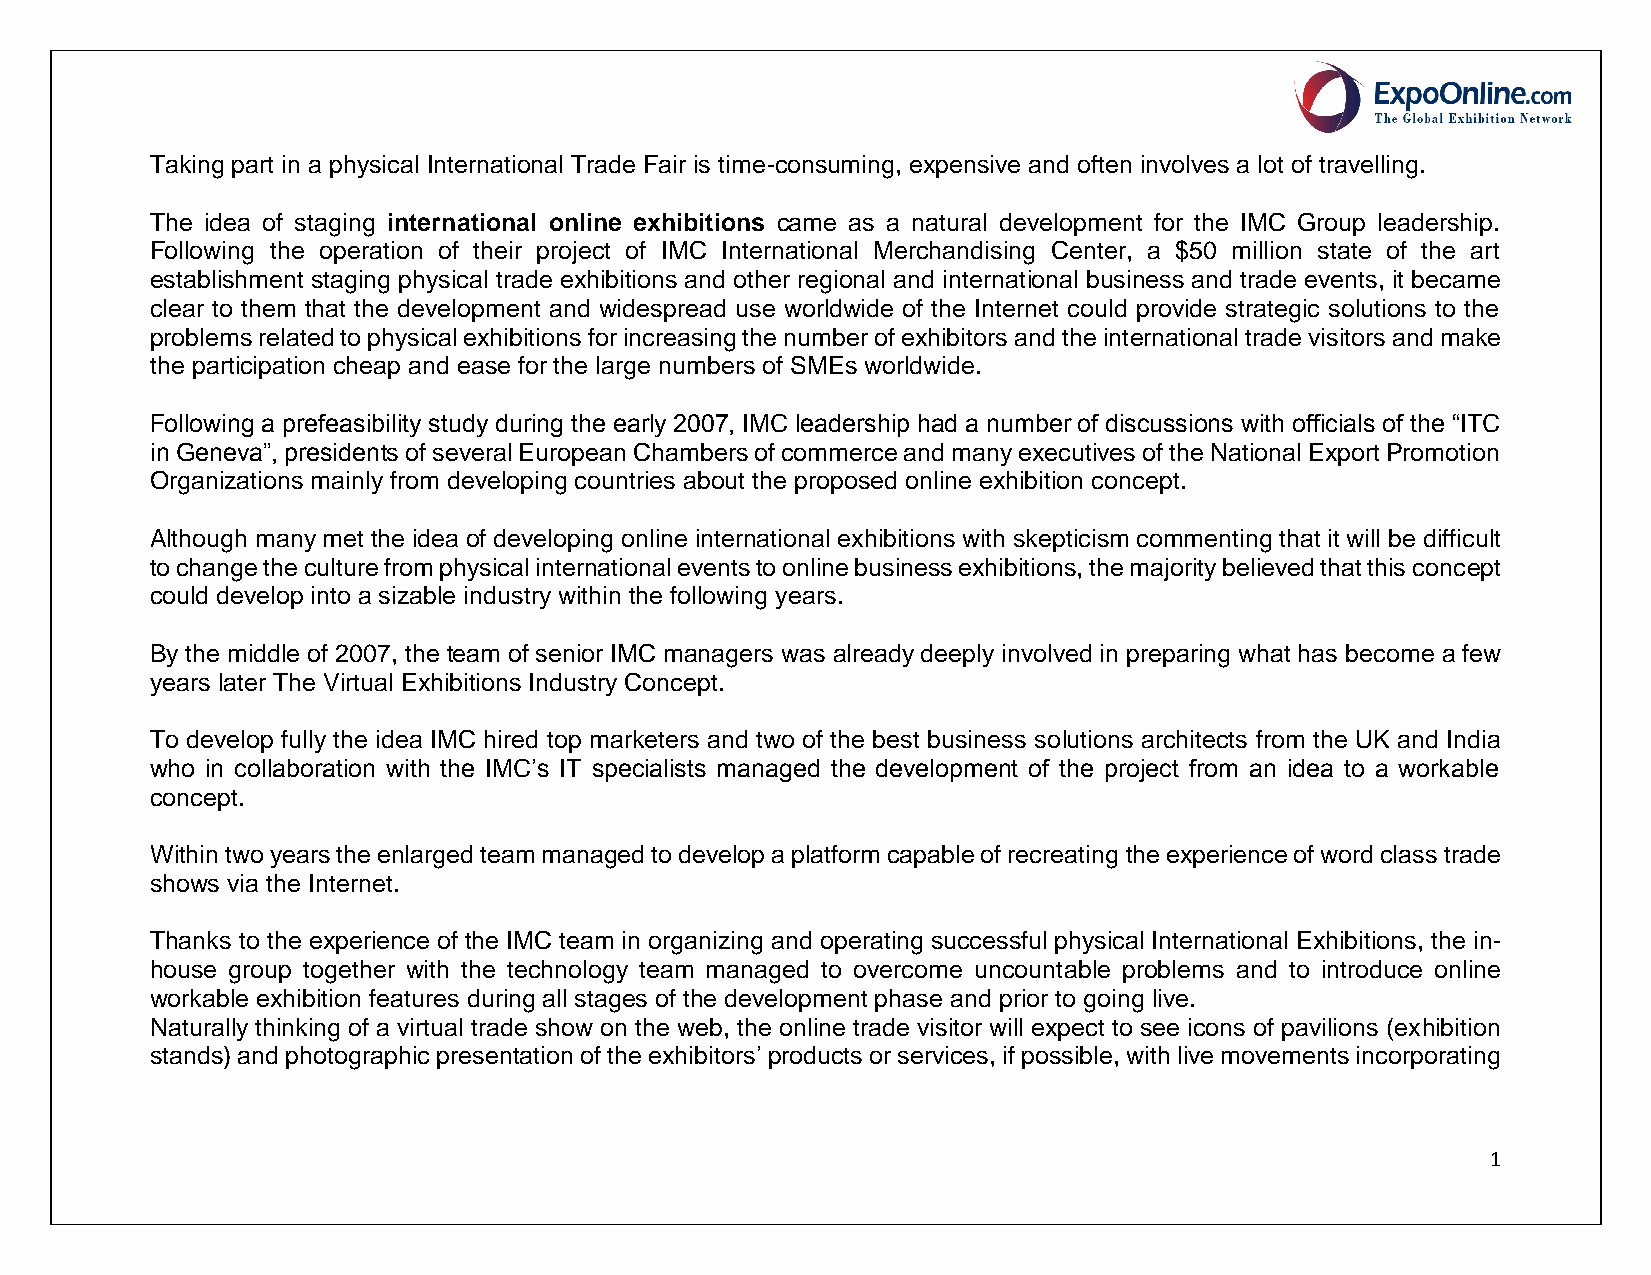
Taking part in a physical International Trade Fair is time-consuming, expensive and often involves a lot of travelling.
 The idea of staging international online exhibitions came as a natural development for the IMC Group leadership.
 Following the operation of their project of IMC International Merchandising Center, a $50 million state of the art
 establishment staging physical trade exhibitions and other regional and international business and trade events, it became
 clear to them that the development and widespread use worldwide of the Internet could provide strategic solutions to the
 problems related to physical exhibitions for increasing the number of exhibitors and the international trade visitors and make
 the participation cheap and ease for the large numbers of SMEs worldwide.
 Following a prefeasibility study during the early 2007, IMC leadership had a number of discussions with officials of the “ITC
 in Geneva”, presidents of several European Chambers of commerce and many executives of the National Export Promotion
 Organizations mainly from developing countries about the proposed online exhibition concept.
 Although many met the idea of developing online international exhibitions with skepticism commenting that it will be difficult
 to change the culture from physical international events to online business exhibitions, the majority believed that this concept
 could develop into a sizable industry within the following years.
 By the middle of 2007, the team of senior IMC managers was already deeply involved in preparing what has become a few
 years later The Virtual Exhibitions Industry Concept.
 To develop fully the idea IMC hired top marketers and two of the best business solutions architects from the UK and India
 who in collaboration with the IMC’s IT specialists managed the development of the project from an idea to a workable
 concept.
 Within two years the enlarged team managed to develop a platform capable of recreating the experience of word class trade
 shows via the Internet.
 Thanks to the experience of the IMC team in organizing and operating successful physical International Exhibitions, the in-
 house group together with the technology team managed to overcome uncountable problems and to introduce online
 workable exhibition features during all stages of the development phase and prior to going live.
 Naturally thinking of a virtual trade show on the web, the online trade visitor will expect to see icons of pavilions (exhibition
 stands) and photographic presentation of the exhibitors’ products or services, if possible, with live movements incorporating
 1